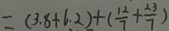
= ( 3 . 8 + 6 . 2 ) + ( \frac { 1 2 } { 7 } + \frac { 2 3 } { 7 } )